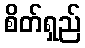
စိတ်ရှည်